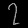
Digit: ၇